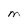
Character: M